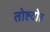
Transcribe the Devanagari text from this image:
तोह्दोह